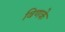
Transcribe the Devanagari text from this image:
विणके